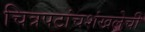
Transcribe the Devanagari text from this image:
चित्रपटांचशंखलेची